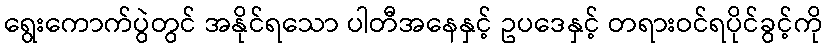
ရွေးကောက်ပွဲတွင် အနိုင်ရသော ပါတီအနေနှင့် ဥပဒေနှင့် တရားဝင်ရပိုင်ခွင့်ကို